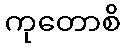
ကုတောစိ